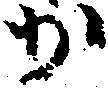
か